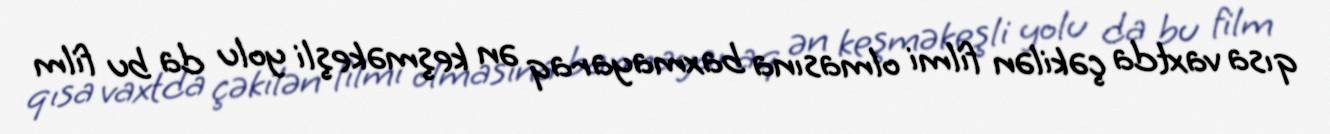
qısa vaxtda çəkilən filmi olmasına baxmayaraq ən keşməkeşli yolu da bu film